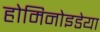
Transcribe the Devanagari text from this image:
होमिनोइडेया